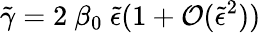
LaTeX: {\tilde{\gamma}}=2\ \beta_{0}\ {\tilde{\epsilon}}(1+{\cal O}({\tilde{\epsilon}}^{2}))